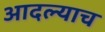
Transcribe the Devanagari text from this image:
आदल्याच